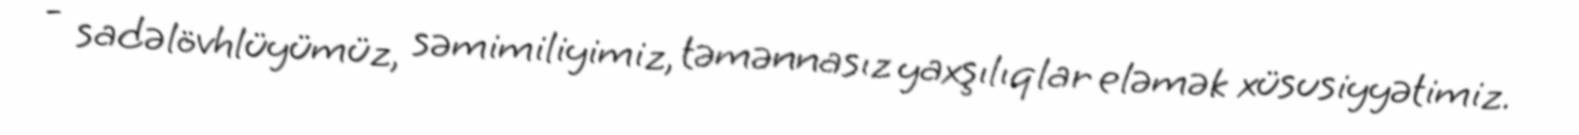
- sadəlövhlüyümüz, səmimiliyimiz, təmənnasız yaxşılıqlar eləmək xüsusiyyətimiz.